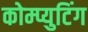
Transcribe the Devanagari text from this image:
कोम्प्युटिंग